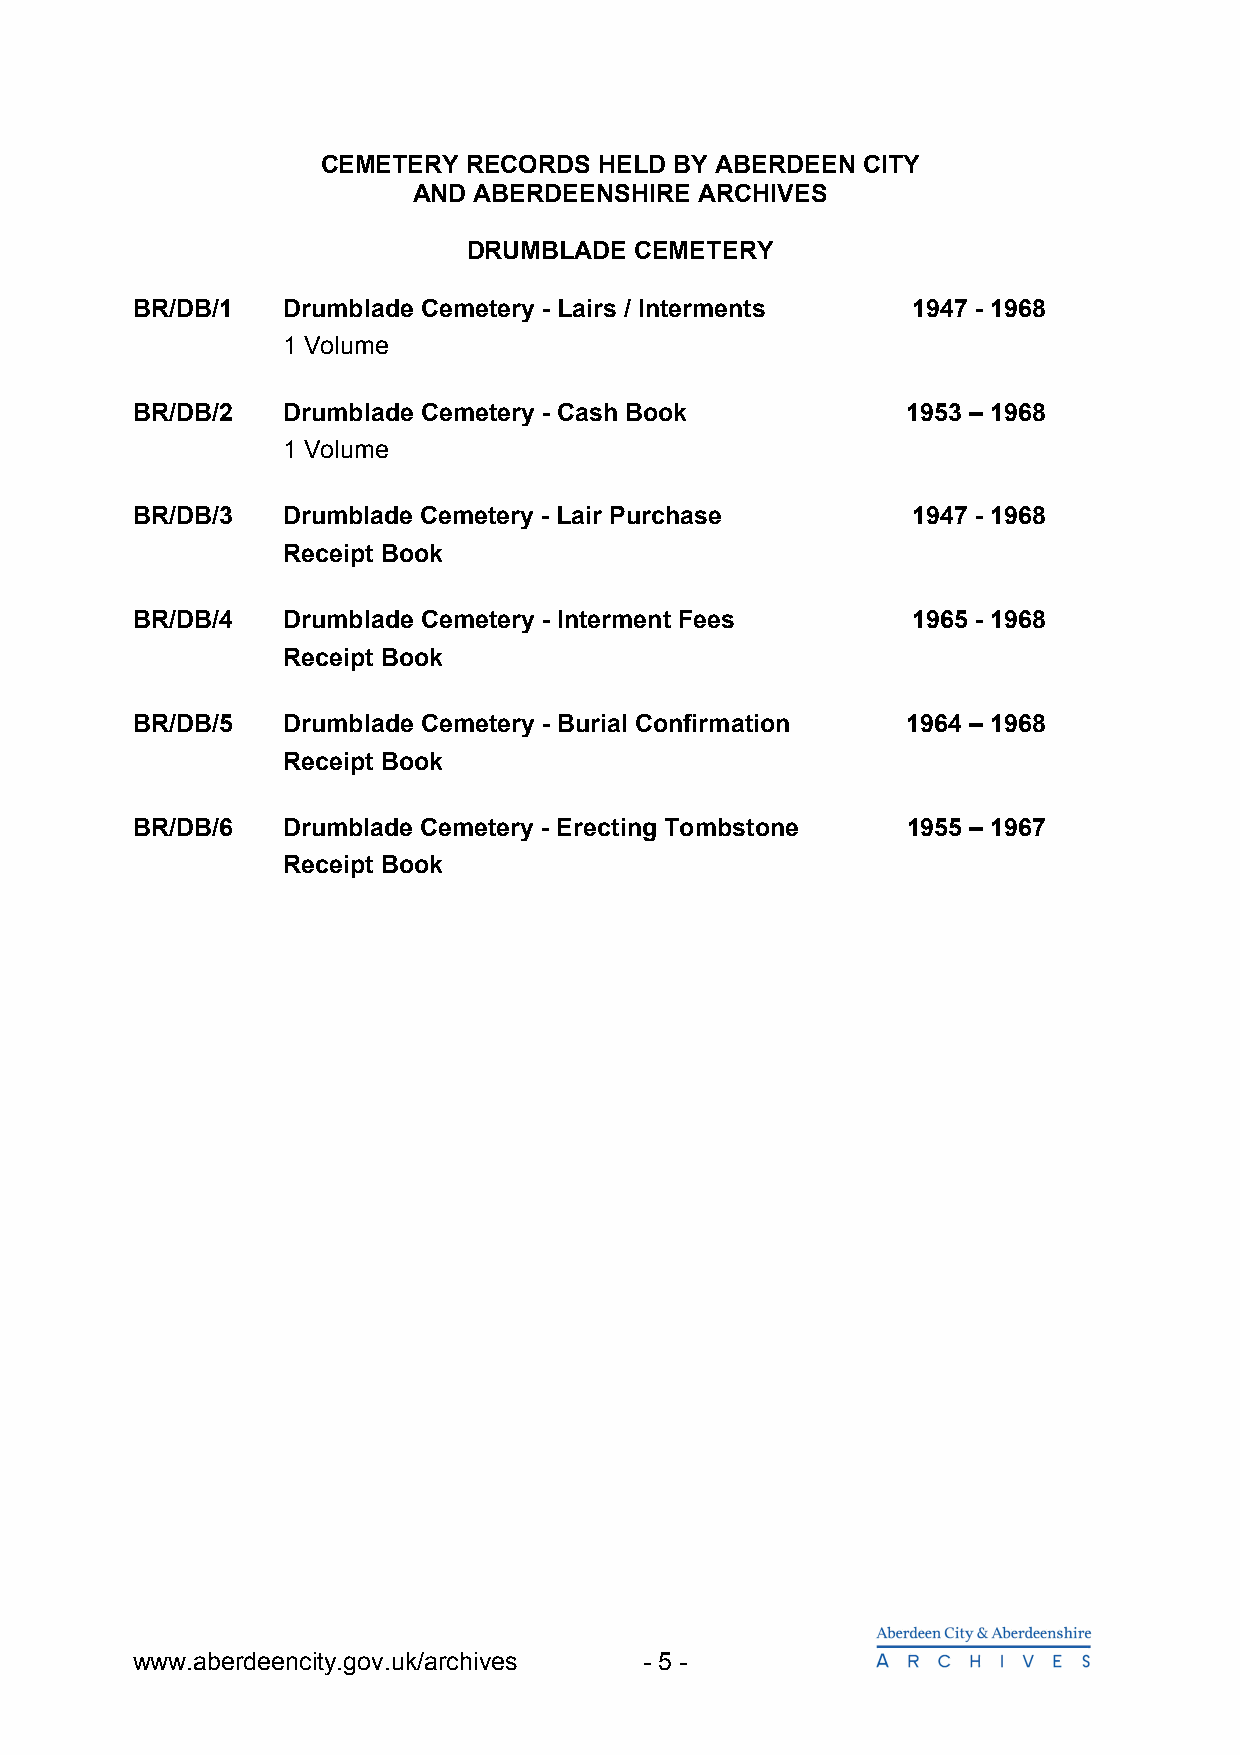
CEMETERY  RECORDS  HELD BY ABERDEEN CITY
 AND ABERDEENSHIRE  ARCHIVES
 DRUMBLADE  CEMETERY
 BR/DB/1   Drumblade Cemetery - Lairs / Interments  1947 - 1968
 1 Volume
 BR/DB/2   Drumblade Cemetery - Cash Book           1953 – 1968
 1 Volume
 BR/DB/3   Drumblade Cemetery - Lair Purchase       1947 - 1968
 Receipt Book
 BR/DB/4   Drumblade Cemetery - Interment Fees      1965 - 1968
 Receipt Book
 BR/DB/5   Drumblade Cemetery - Burial Confirmation 1964 – 1968
 Receipt Book
 BR/DB/6   Drumblade Cemetery - Erecting Tombstone  1955 – 1967
 Receipt Book
 www.aberdeencity.gov.uk/archives  - 5 -